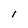
Character: I